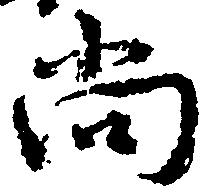
尚